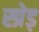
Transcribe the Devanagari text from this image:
स्प्रेड़